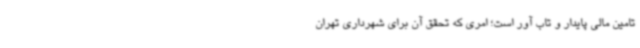
تامین مالی پایدار و تاب آور است؛ امری که تحقق آن برای شهرداری تهران